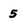
Character: 5